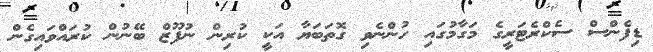
ޑިފެންސް ސެކްރެޓަރީގެ މަގާމުގައި ހުންނެވި ގޮތަބަޔާ އަކީ ކުރިން ނުފޫޒް ބޭނުން ކުރައްވައިގެން